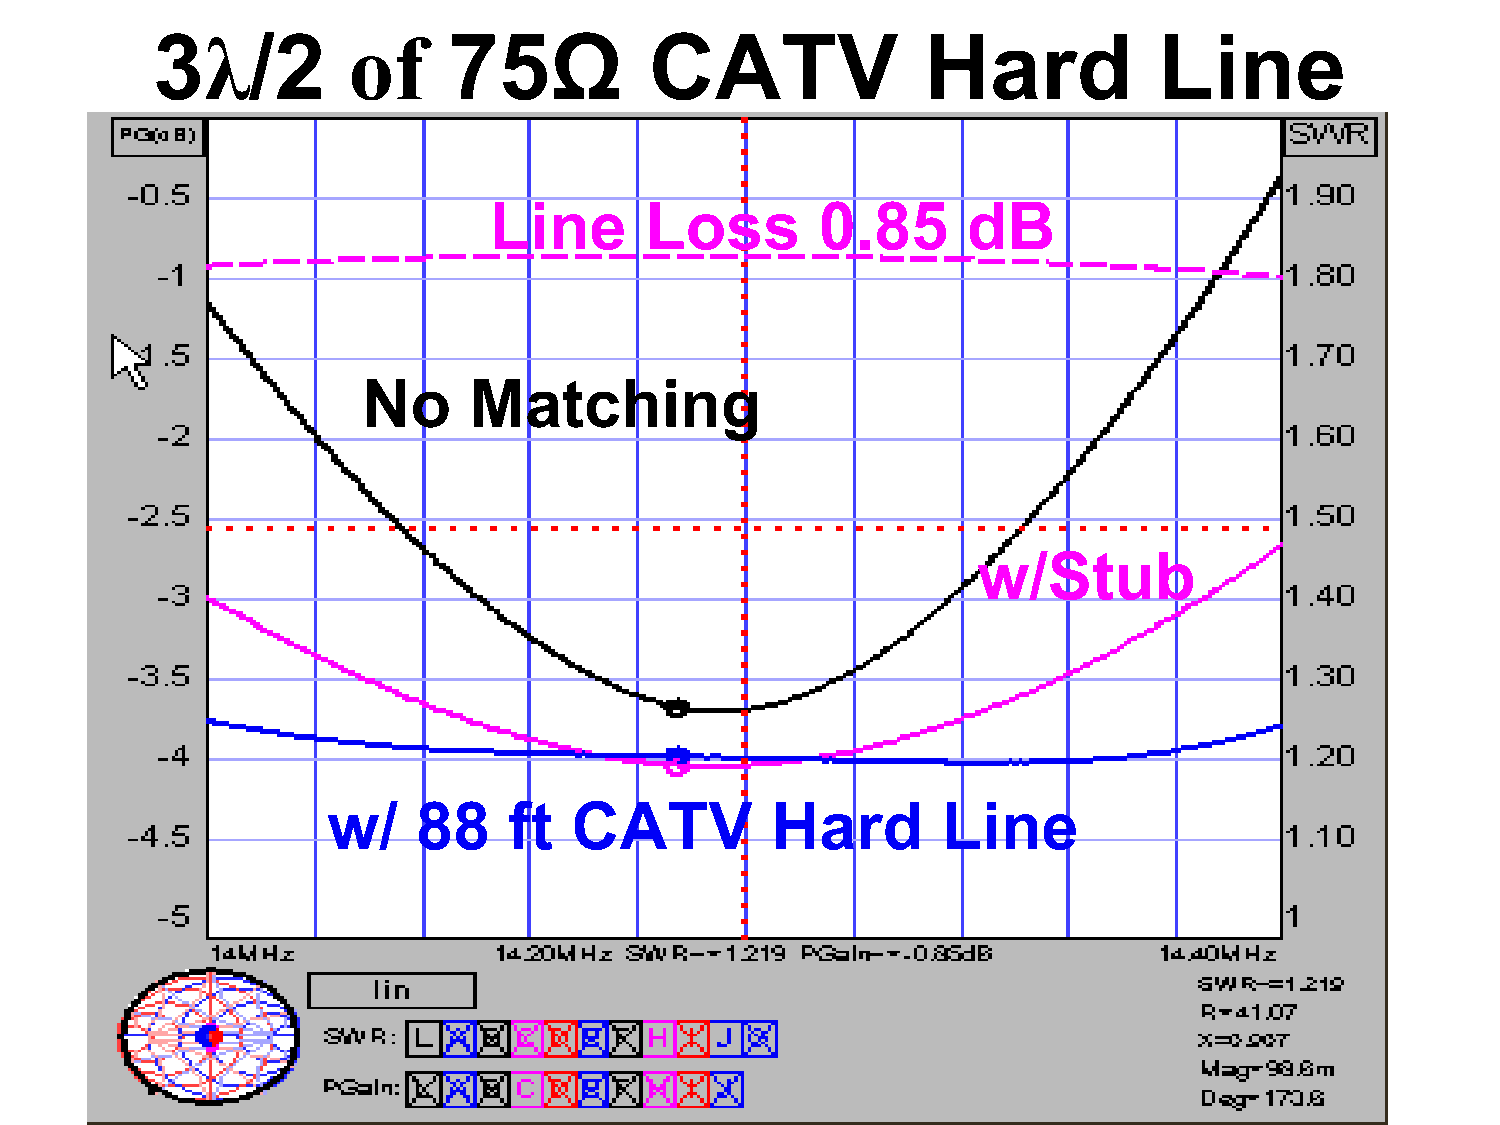
3λ/2         of     75Ω          CATV              Hard            Line
 Line       Loss       0.85      dB
 No     Matching
 w/Stub
 w/    88    ft  CATV         Hard       Line